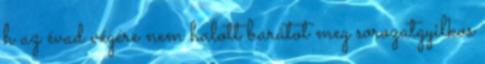
h az évad végére nem halott barátot meg sorozatgyilkos